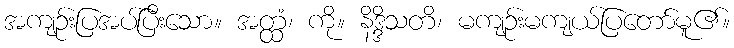
အကျဉ်းပြအပ်ပြီးသော။ အတ္ထံ၊ ကို။ နိဒ္ဒိသတိ၊ မကျဉ်းမကျယ်ပြတော်မူ၏။